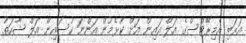
އަރަބި އެމިރޭޓްސްގެ އަލް އައިން އަށް ކުޅެމުން އަންނަ ހުސައިން އަލް ޝާހަތު